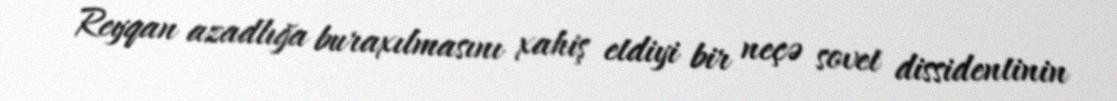
Reyqan azadlığa buraxılmasını xahiş etdiyi bir neçə sovet dissidentinin